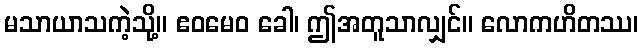
မသာယာသကဲ့သို့။ ဧဝမေဝ ခေါ၊ ဤအတူသာလျှင်။ လောကဟိတဿ၊